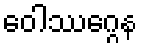
ဝေါဿဂ္ဂေန